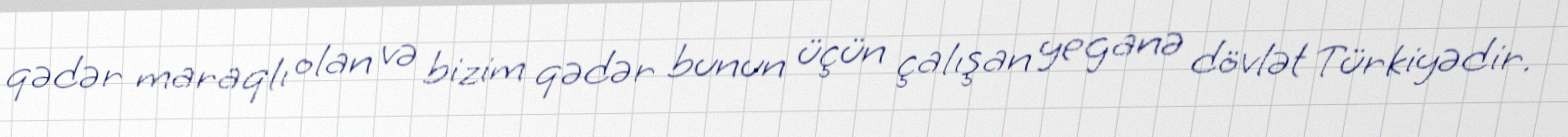
qədər maraqlı olan və bizim qədər bunun üçün çalışan yeganə dövlət Türkiyədir.